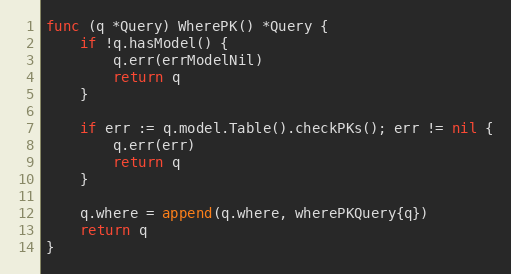
Language: Go
func (q *Query) WherePK() *Query {
	if !q.hasModel() {
		q.err(errModelNil)
		return q
	}

	if err := q.model.Table().checkPKs(); err != nil {
		q.err(err)
		return q
	}

	q.where = append(q.where, wherePKQuery{q})
	return q
}